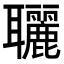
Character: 𦘐